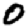
Digit: 0